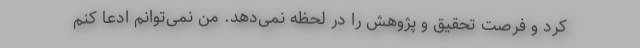
کرد و فرصت تحقیق و پژوهش را در لحظه نمی‌دهد. من نمی‌توانم ادعا کنم